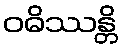
ဝဓိဿန္တိ